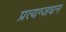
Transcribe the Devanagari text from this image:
प्रत्यग्जघन